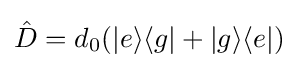
{\hat {D}}=d_{0}(|e\rangle \langle g|+|g\rangle \langle e|)